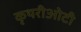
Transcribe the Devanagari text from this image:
कृथरीओटी